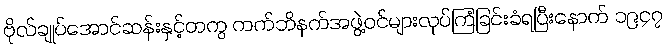
ဗိုလ်ချုပ်အောင်ဆန်းနှင့်တကွ ကက်ဘိနက်အဖွဲ့ဝင်များလုပ်ကြံခြင်းခံရပြီးနောက် ၁၉၄၇